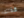
كذلك